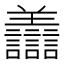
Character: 𧮟